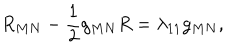
LaTeX: R _ { M N } - \frac { 1 } { 2 } g _ { M N } R = \lambda _ { 1 1 } g _ { M N } ,